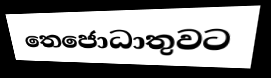
තෙජොධාතුවට